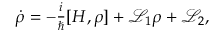
\begin{array} { r } { \dot { \rho } = - \frac { i } { \hbar } [ H , \rho ] + \mathcal { L } _ { 1 } \rho + \mathcal { L } _ { 2 } , } \end{array}